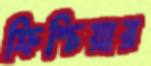
ক্রিশ্চিয়ার